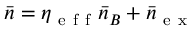
\bar { n } = \eta _ { \mathrm { ~ e ~ f ~ f ~ } } \bar { n } _ { B } + \bar { n } _ { \mathrm { ~ e ~ x ~ } }